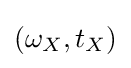
(\omega _{X},t_{X})